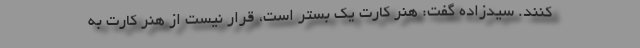
کنند. سیدزاده گفت: هنر کارت یک بستر است، قرار نیست از هنر کارت به